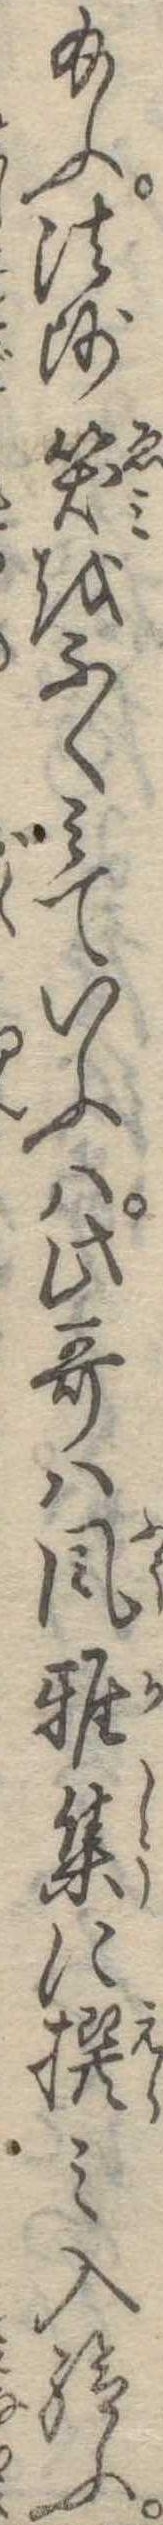
給ふ法師笑をふくみていふは此歌は風雅集に撰み入給ふ